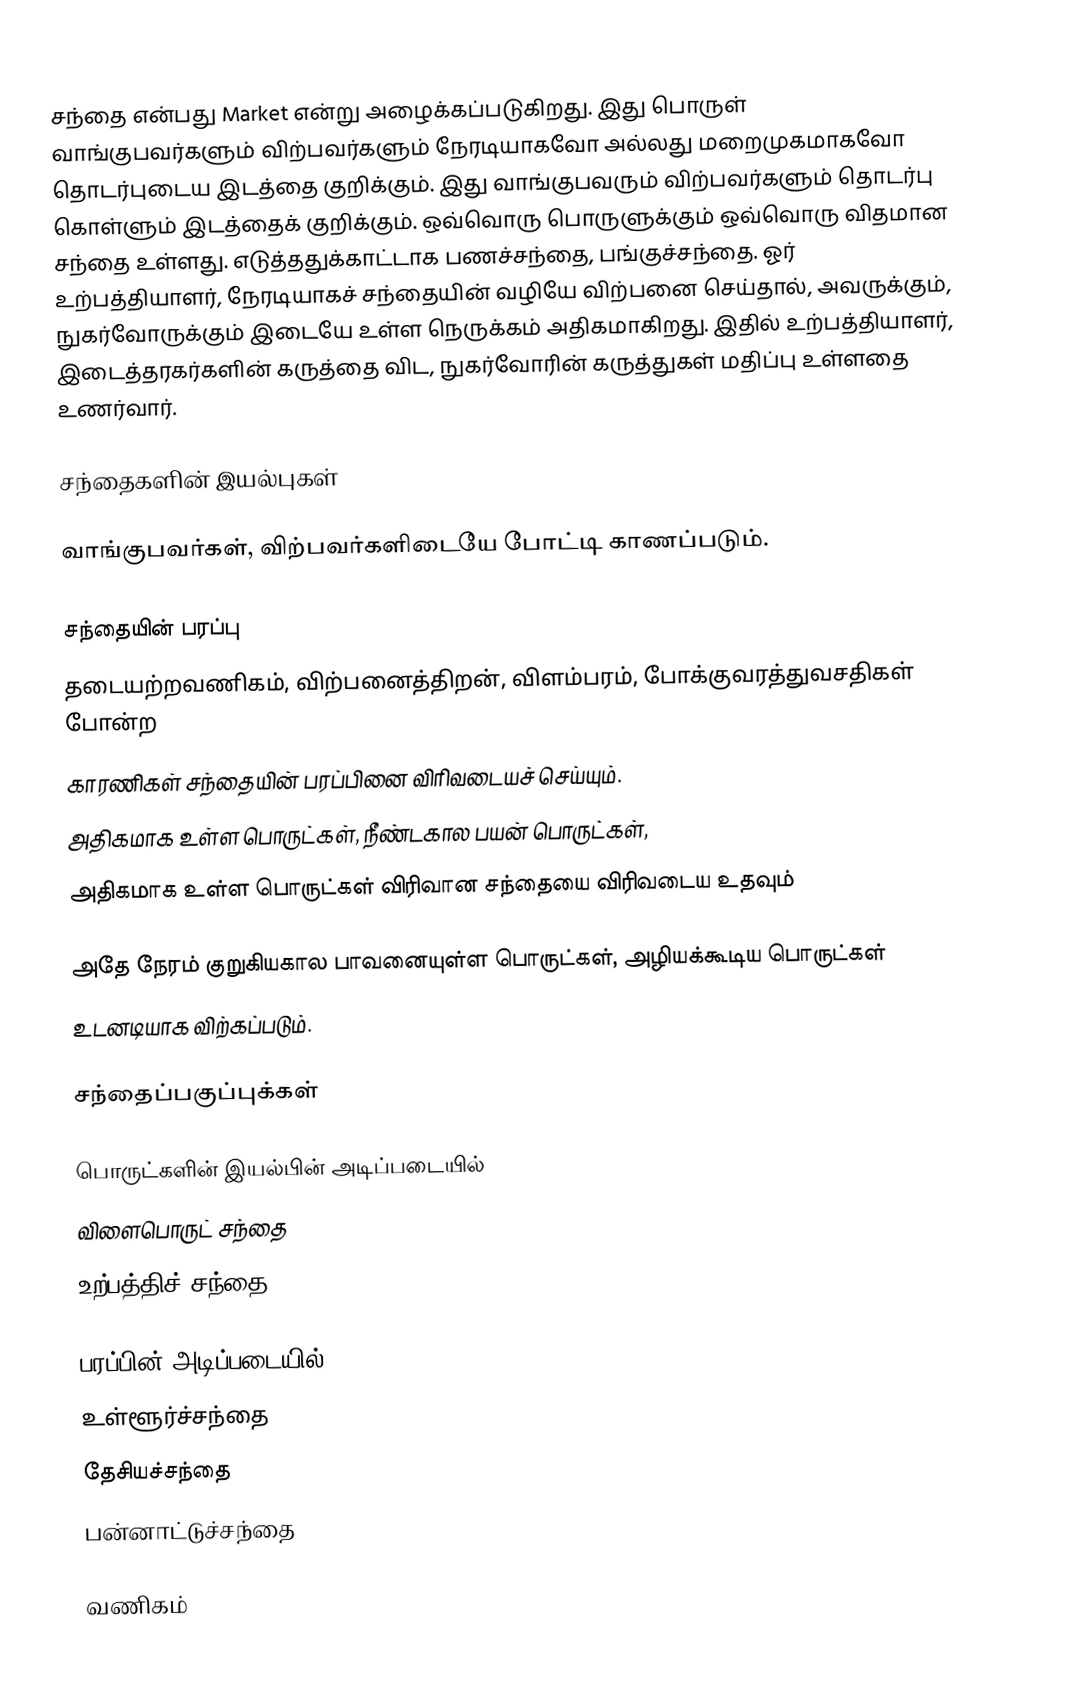
சந்தை என்பது Market என்று அழைக்கப்படுகிறது. இது பொருள் வாங்குபவர்களும் விற்பவர்களும் நேரடியாகவோ அல்லது மறைமுகமாகவோ தொடர்புடைய இடத்தை குறிக்கும். இது வாங்குபவரும் விற்பவர்களும் தொடர்பு கொள்ளும் இடத்தைக் குறிக்கும். ஒவ்வொரு பொருளுக்கும் ஒவ்வொரு விதமான சந்தை உள்ளது. எடுத்ததுக்காட்டாக பணச்சந்தை, பங்குச்சந்தை. ஓர் உற்பத்தியாளர், நேரடியாகச் சந்தையின் வழியே விற்பனை செய்தால், அவருக்கும், நுகர்வோருக்கும் இடையே உள்ள நெருக்கம் அதிகமாகிறது. இதில் உற்பத்தியாளர், இடைத்தரகர்களின் கருத்தை விட, நுகர்வோரின் கருத்துகள் மதிப்பு உள்ளதை உணர்வார்.

சந்தைகளின் இயல்புகள்

வாங்குபவர்கள், விற்பவர்களிடையே போட்டி காணப்படும்.

சந்தையின் பரப்பு
தடையற்றவணிகம், விற்பனைத்திறன், விளம்பரம், போக்குவரத்துவசதிகள் போன்ற
காரணிகள் சந்தையின் பரப்பினை விரிவடையச் செய்யும்.
அதிகமாக உள்ள பொருட்கள், நீண்டகால பயன் பொருட்கள்,
அதிகமாக உள்ள பொருட்கள் விரிவான சந்தையை விரிவடைய உதவும்

அதே நேரம் குறுகியகால பாவனையுள்ள பொருட்கள், அழியக்கூடிய பொருட்கள்
உடனடியாக விற்கப்படும்.

சந்தைப்பகுப்புக்கள்

பொருட்களின் இயல்பின் அடிப்படையில்
 விளைபொருட் சந்தை
 உற்பத்திச் சந்தை

பரப்பின் அடிப்படையில்
 உள்ளூர்ச்சந்தை
 தேசியச்சந்தை
 பன்னாட்டுச்சந்தை

வணிகம்